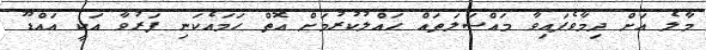
މާލެ އަށް ދިމާވެފައިވާ މައްސަލަތައް ހައްލުކުރުމަށް އޮތް ހަމައެކަނި ފަރުވާ އަކީ އައްޑޫ